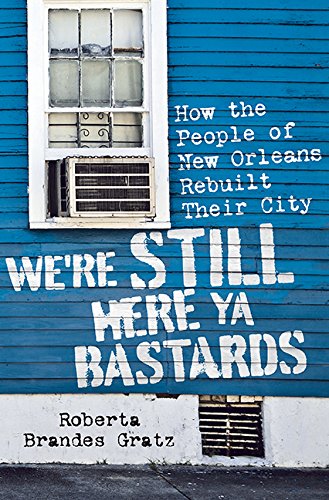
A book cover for We're Still Here Ya Bastards: How the People of New Orleans Rebuilt Their City; Roberta Brandes Gratz; Science & Math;